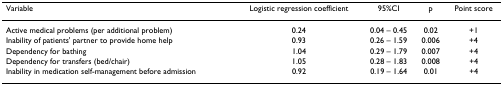
<table><thead><tr><td><b>Variable</b></td><td><b>Logistic regression coefficient</b></td><td><b>95%CI</b></td><td><b>p</b></td><td><b>Point score</b></td></tr></thead><tbody><tr><td>Active medical problems (per additional problem)</td><td>0.24</td><td>0.04 – 0.45</td><td>0.02</td><td>+1</td></tr><tr><td>Inability of patients&#x27; partner to provide home help</td><td>0.93</td><td>0.26 – 1.59</td><td>0.006</td><td>+4</td></tr><tr><td>Dependency for bathing</td><td>1.04</td><td>0.29 – 1.79</td><td>0.007</td><td>+4</td></tr><tr><td>Dependency for transfers (bed/chair)</td><td>1.05</td><td>0.28 – 1.83</td><td>0.008</td><td>+4</td></tr><tr><td>Inability in medication self-management before admission</td><td>0.92</td><td>0.19 – 1.64</td><td>0.01</td><td>+4</td></tr></tbody></table>